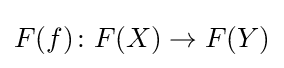
F(f)\colon F(X)\to F(Y)